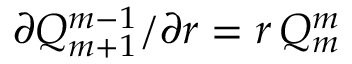
\partial Q _ { m + 1 } ^ { m - 1 } / \partial r = r \, Q _ { m } ^ { m }